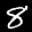
Label: 8